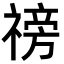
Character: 䄘